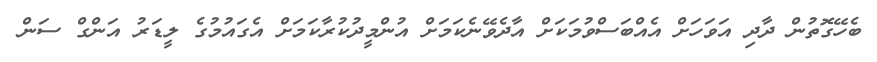
ބެހޭގޮތުން ދާދި އަވަހަށް އެއްބަސްވުމަކަށް އާދެވޭނެކަމަށް އުންމީދުކުރާކަމަށް އެގައުމުގެ ލީޑަރު އަންގް ސަން